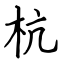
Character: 杭